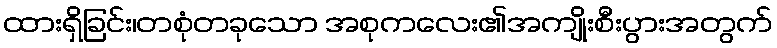
ထားရှိခြင်း၊တစုံတခုသော အစုကလေး၏အကျိုးစီးပွားအတွက်